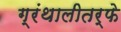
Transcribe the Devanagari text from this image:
ग्रंथालीतर्फे